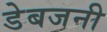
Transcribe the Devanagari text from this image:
डेबजनी